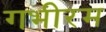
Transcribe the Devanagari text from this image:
गभीरम